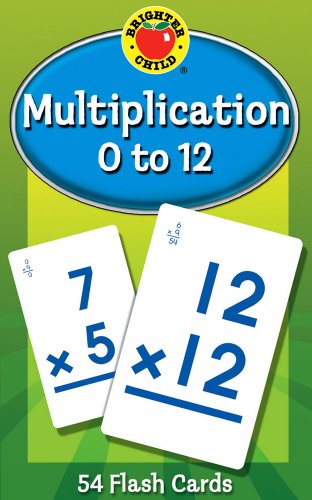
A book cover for Multiplication 0 to 12 Learning Cards (Brighter Child Flash Cards); Children's Books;